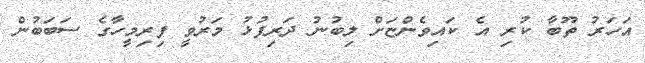
އަހަރު ތޫބާ ކުރި އެ ކައިވެންޏަށް ލިބުނު ދަރިފުޅު މަރުވީ ފިރިމީހާގެ ސަބަބުން